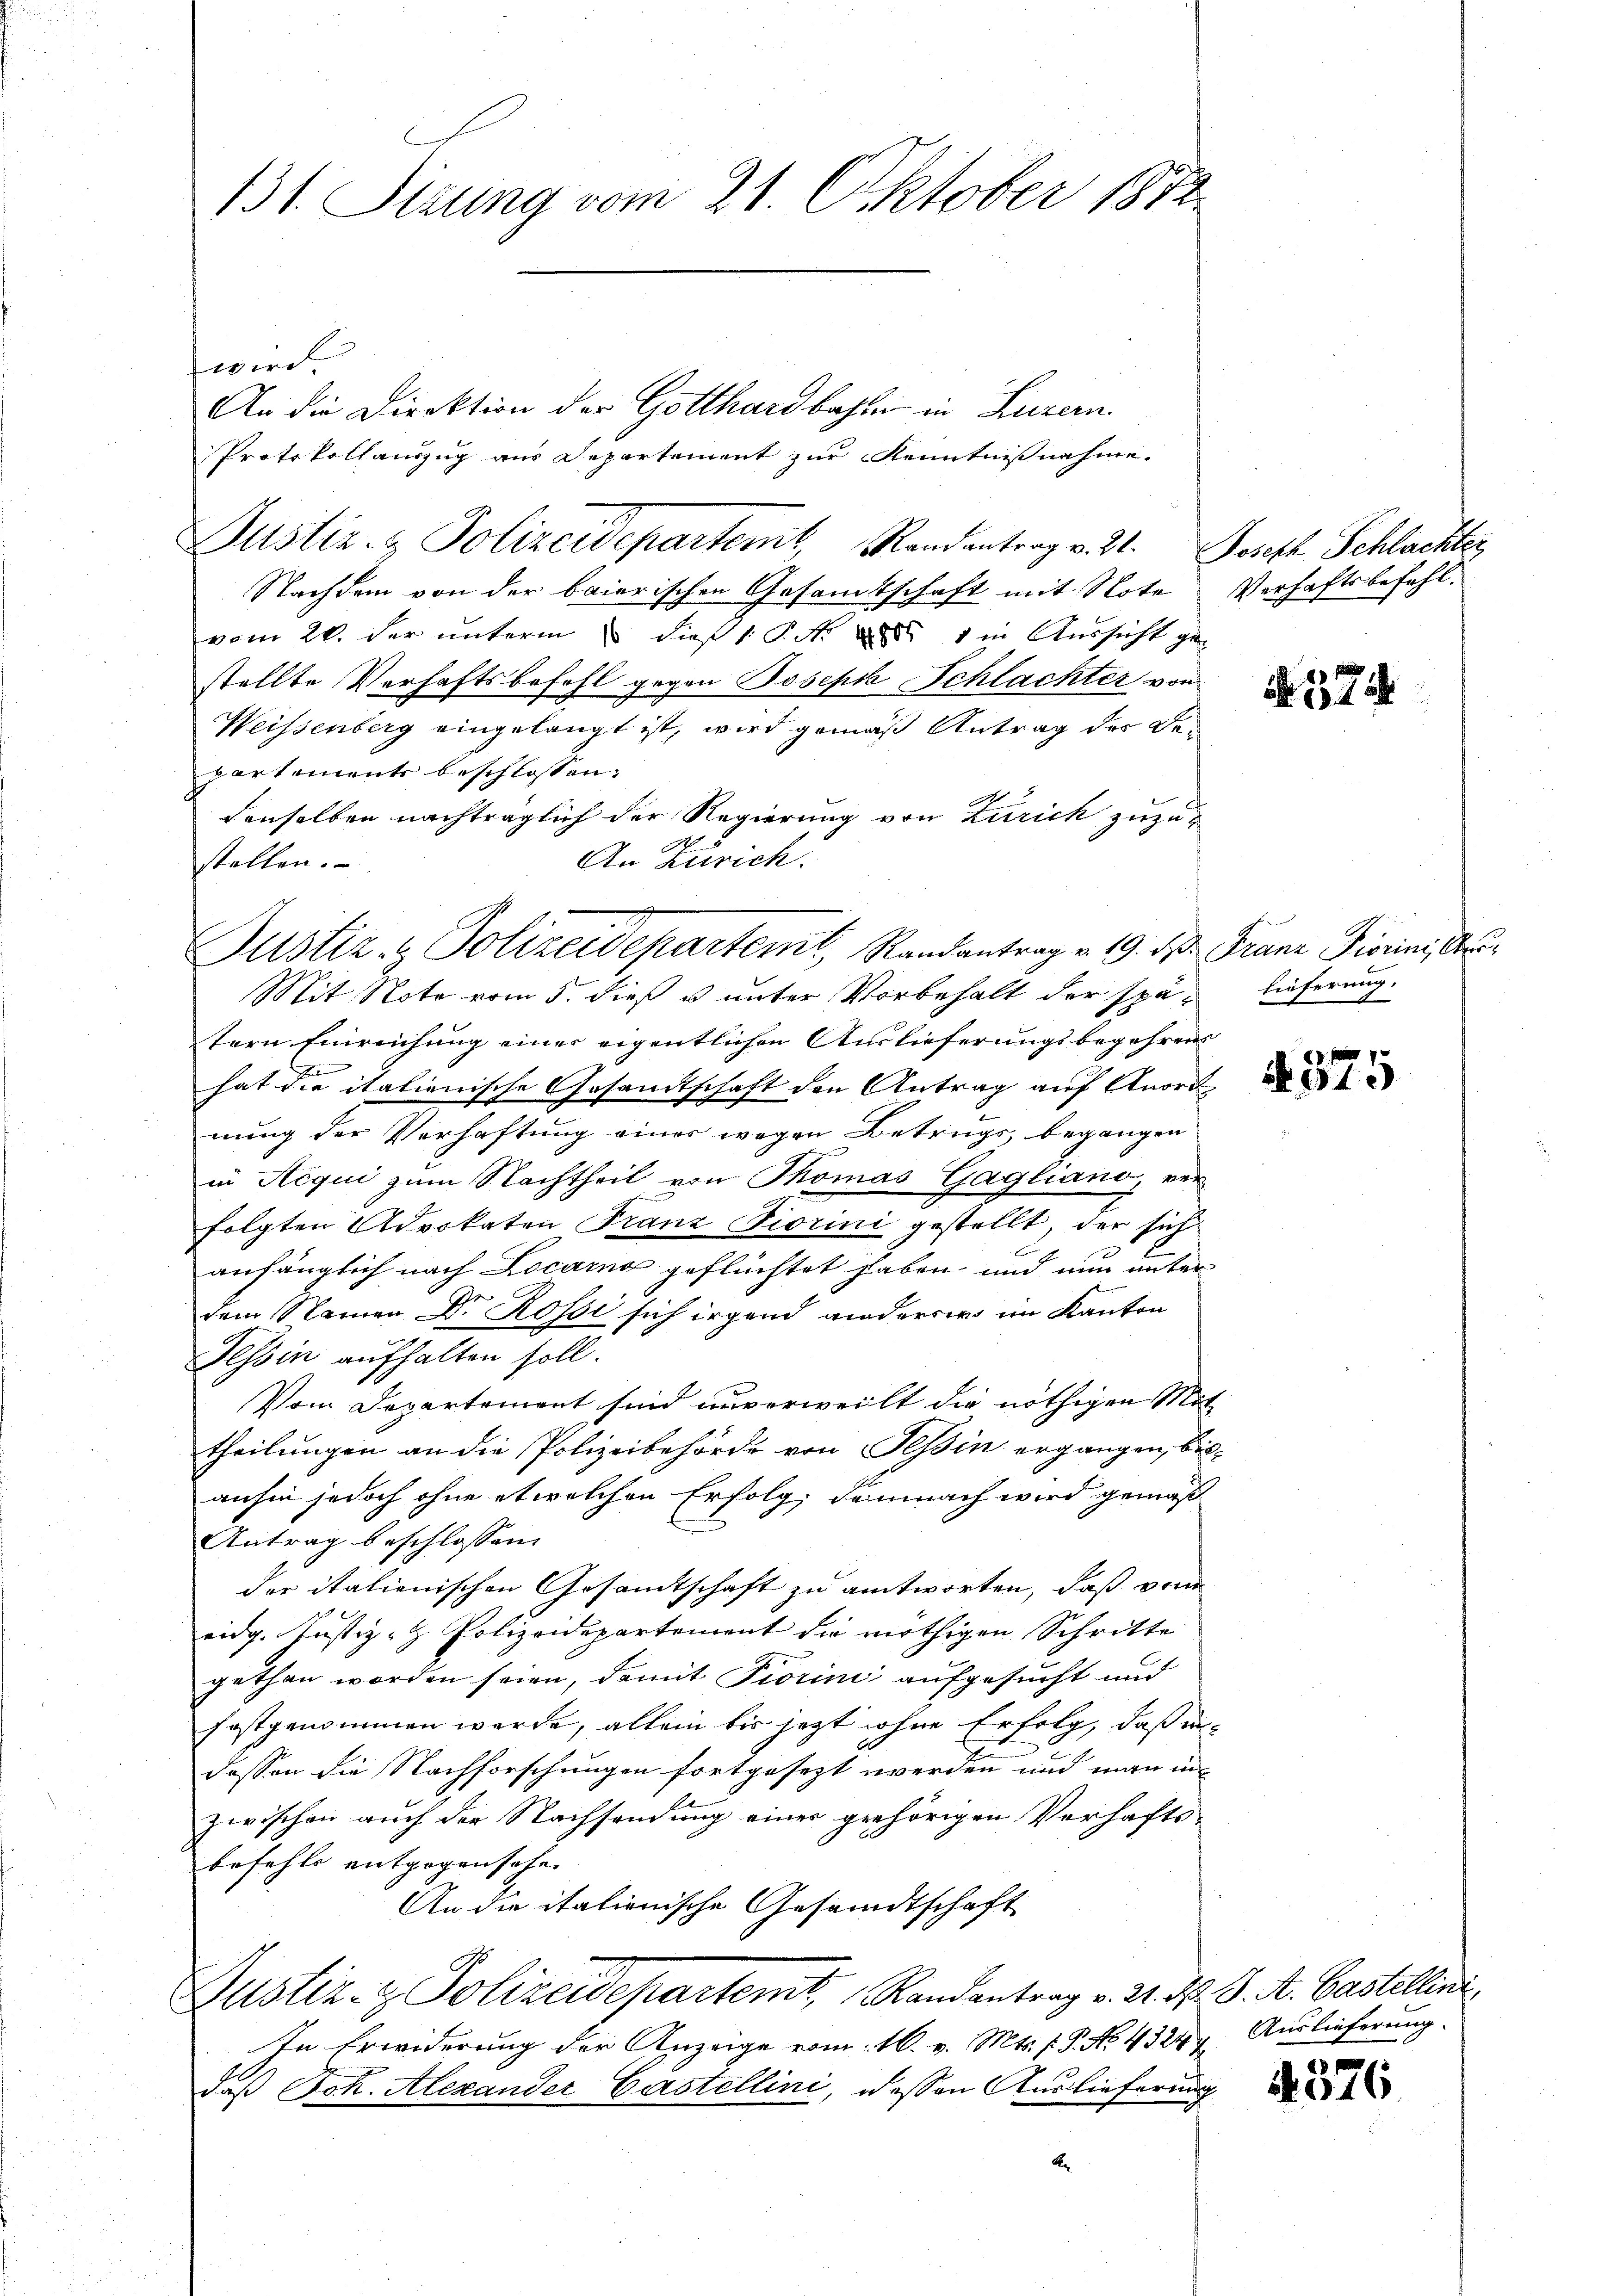
131. Sizung vom 21. Oktober 1872

wird.
Justiz- & Polizeidepartemt, Randantrag v. 21.
Nachdem von der baierischen Gesamtschaft mit Note
vom 26. der unterm & dieß 1 S. N. 1 in Aussicht ge-
stellte Verhaftsbefehl gegen Joseph Schlachter von
Weissenberg eingelangt ist, wird gemäß Antrag der Geparkoments beschlossen:
denselben nachträglich der Regierung von Zürich zuzu-
An Zürich.
stellen.
Mit Note vom 5. dieß u unter Vorbehalt der spätern Einreichung einer eigentlichen Auslieferungsbegehren
hat die italienische Gesandtschaft den Antrag auf Anori
nung der Verhaftung einer wegen Betrugs begangen
in Requi zum Nachtheil von Thomas Gagliano, re-
folgten Advokaten Franz Fiorini gestellt, der sich
anfänglich nach Locarna geflüchtet haben, und nun unte
dem Namen Dr Rossi sich irgend anderer im Kanton
Tessin aufhalten soll.
Vom Departement sind unverweilt die nöthigen Mit
theilungen an die Polizeibehörde von Tessin ergangen, bisanhin jedoch ohne etwelchen Erfolg, demnach wird gemäß
Antrag beschlossen:
der italienischen Gesamtschaft zu antworten, daß von
eidg. Justiz- & Polizeidepartement die nöthigen Schritte
gethan worden seien, damit Piorini aufgesucht und
festgenommen werde, allein bis jetzt ohne Erfolg, daß indessen die Nachforschungen fortgesezt werden und man in
zwischen auch der Nachsendung einer gehörigen Verhafts-
befehle entgegensehe. |
An die italienische Gesandtschaft
Justiz- & Polizeidepartemt, Randantrag v. 24. M. D. M. Castellini
In Erwiderung der Anzeige vom 16. v. Mts. f. P. No. 43244.
daß Joh. Alexander Castellini, dessen Auslieferung

Justiz- & Polizeidepartemt, Randantrag v. 19. d.

An die Direktion der Gotthardbahn in Luzern.
Protokoll auszug aus Separtement zur Kenntnißnahme.

Joseph Schlachter
Verhaftsbefehl.

N 374

Franz Fiorini, Ar
lieferung.

f
t
.

375

Auslieferung.

4376